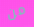
من